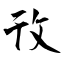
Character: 攼